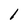
Character: 1